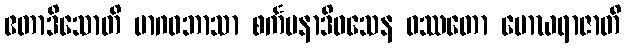
ဧတာဒိသောတိ မာဂဓဘာသာ စင်္ကမနာဒိဝသေန ဝဿတော မောဃရာဇာတိ